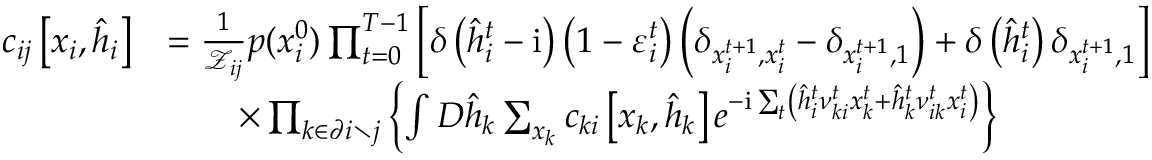
\begin{array} { r l } { c _ { i j } \left[ \boldsymbol { x } _ { i } , \hat { \boldsymbol { h } } _ { i } \right] } & { = \frac { 1 } { \mathcal { Z } _ { i j } } p ( x _ { i } ^ { 0 } ) \prod _ { t = 0 } ^ { T - 1 } \left[ \delta \left( \hat { h } _ { i } ^ { t } - \mathrm { i } \right) \left( 1 - \varepsilon _ { i } ^ { t } \right) \left( \delta _ { x _ { i } ^ { t + 1 } , x _ { i } ^ { t } } - \delta _ { x _ { i } ^ { t + 1 } , 1 } \right) + \delta \left( \hat { h } _ { i } ^ { t } \right) \delta _ { x _ { i } ^ { t + 1 } , 1 } \right] } \\ & { \qquad \times \prod _ { k \in \partial i \setminus j } \left\{ \int D \hat { \boldsymbol { h } } _ { k } \sum _ { x _ { k } } c _ { k i } \left[ \boldsymbol { x } _ { k } , \hat { \boldsymbol { h } } _ { k } \right] e ^ { - \mathrm { i } \sum _ { t } \left( \hat { h } _ { i } ^ { t } \nu _ { k i } ^ { t } x _ { k } ^ { t } + \hat { h } _ { k } ^ { t } \nu _ { i k } ^ { t } x _ { i } ^ { t } \right) } \right\} } \end{array}